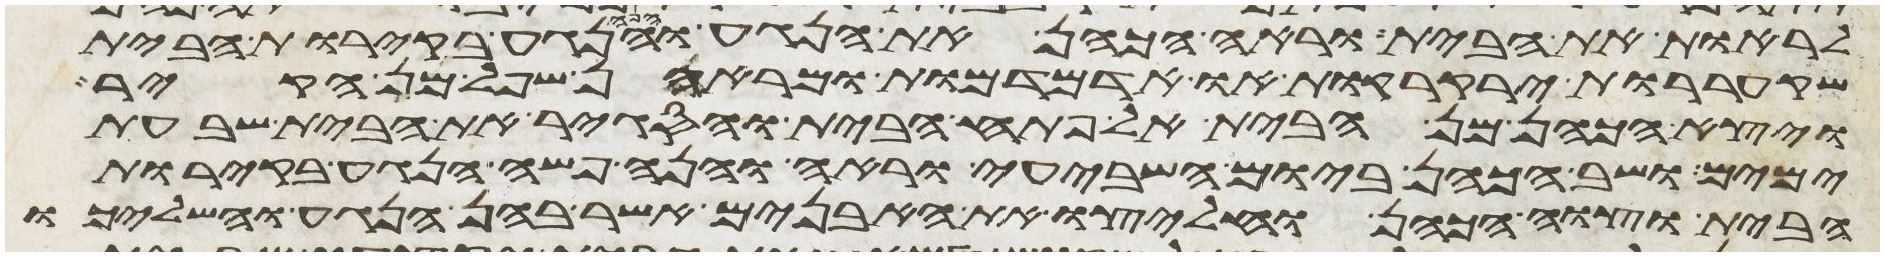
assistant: לראות את הבית וראה הכהן את הנגע והנה הנגע בקירות הבית
שקעררות ירקרקות או אדמדמות ומראהן שפל מן הקיר
ויצא הכהן מן הבית אל פתח הבית והסגיר את הבית שבעת
ימים ושב הכהן ביום השביעי וראה והנה פשה הנגע בקירות
הבית וצוה הכהן וחלצו את האבנים אשר בהן הנגע והשליכו